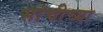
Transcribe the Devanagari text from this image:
सांचीच्या